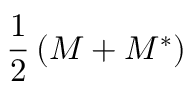
{ \frac { 1 } { 2 } } \left( M + M ^ { * } \right)